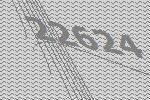
22624